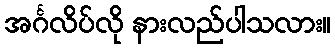
အင်္ဂလိပ်လို နားလည်ပါသလား။